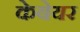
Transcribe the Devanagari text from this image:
केबेयर